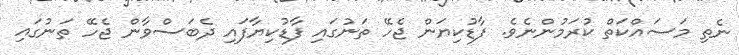
ނެތި މަސައްކަތް ކުރަމުންނެވެ. ފާޑުކިޔަން ޖެހޭ ތަނުގައި ފާޑުކިޔާފައި ދެބަސްވާން ޖެހޭ ތަނުގައި